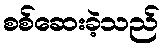
စစ်ဆေးခဲ့သည်